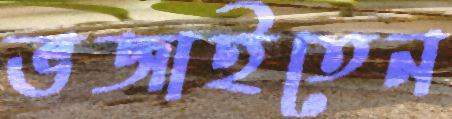
ভজাইতেন